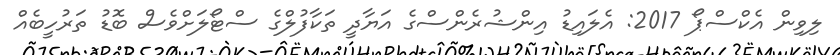
ލިވިން އެކްސްޕޯ 2017: އެލައިޑު އިންޝުރެންސްގެ އަޔާދީ ތަކާފުލްގެ ސްޓޯލަަށްވެސް ބޮޑު ތަރުހީބެއް